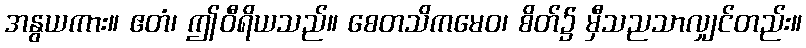
အနွယကား။ ဧတံ၊ ဤဝီရိယသည်။ စေတသိကမေဝ၊ စိတ်၌ မှီသညသာလျှင်တည်း။